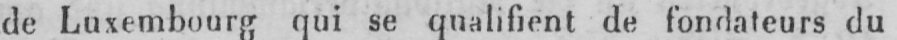
de Luxembourg qui se qualifient de fondateurs du